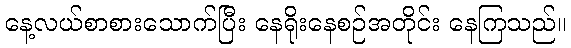
နေ့လယ်စာစားသောက်ပြီး နေရိုးနေစဉ်အတိုင်း နေကြသည်။